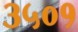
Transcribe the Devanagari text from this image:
३५०१